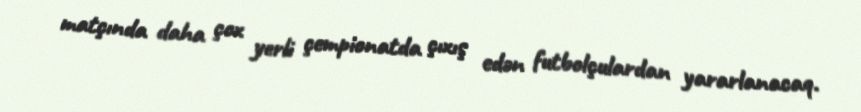
matçında daha çox yerli çempionatda çıxış edən futbolçulardan yararlanacaq.